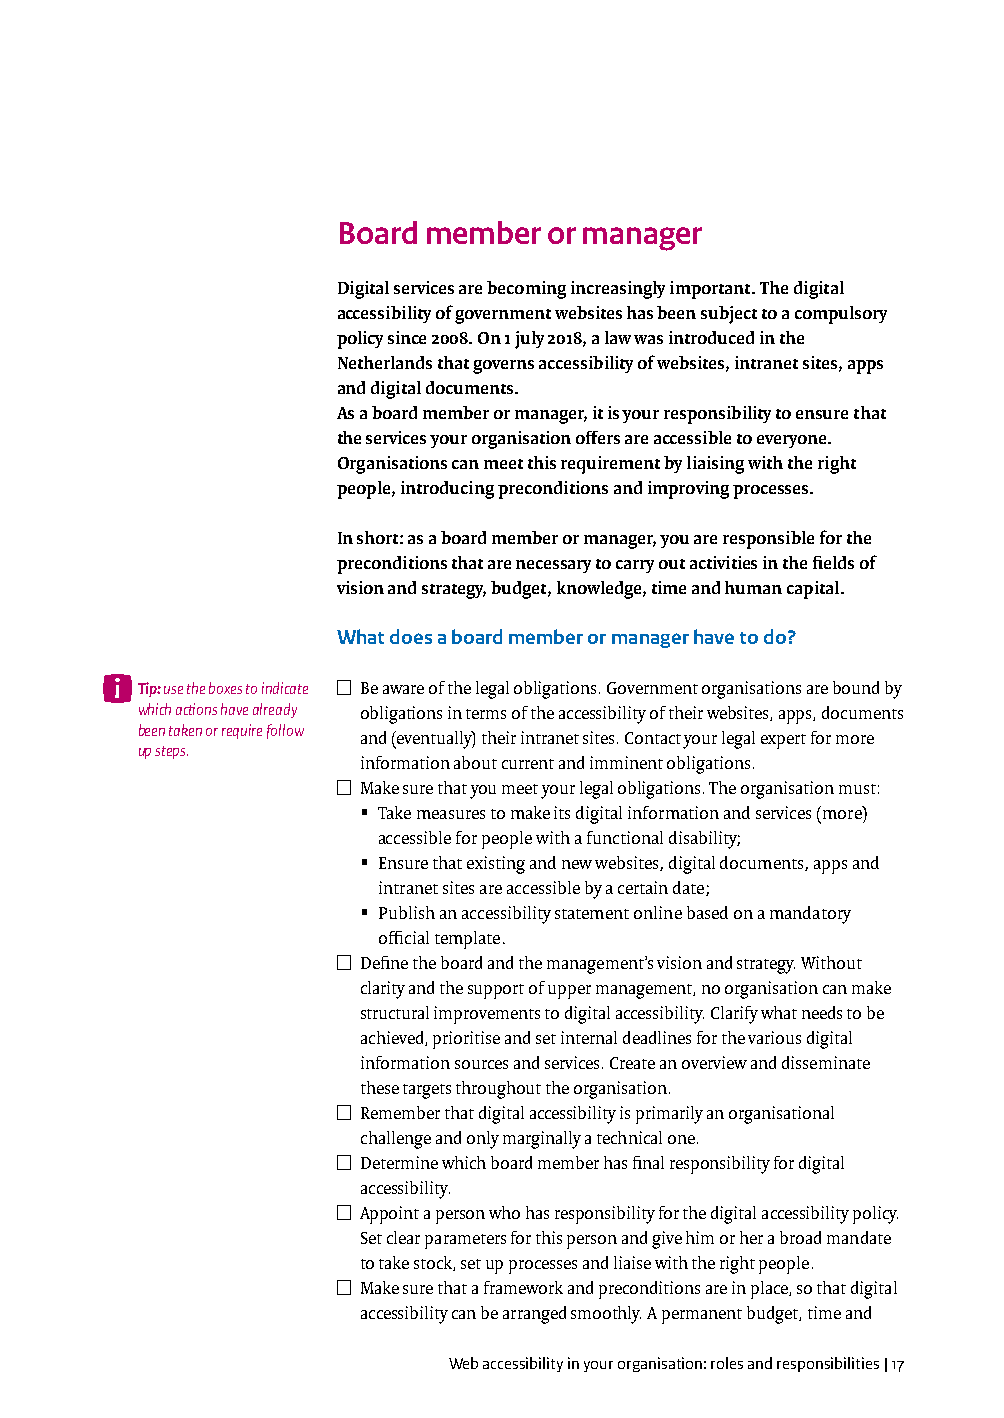
Board member  or manager
 Digital services are becoming increasingly important. The digital
 accessibility of government websites has been subject to a compulsory
 policy since 2008. On 1 july 2018, a law was introduced in the
 Netherlands that governs accessibility of websites, intranet sites, apps
 and digital documents.
 As a board member or manager, it is your responsibility to ensure that
 the services your organisation offers are accessible to everyone.
 Organisations can meet this requirement by liaising with the right
 people, introducing preconditions and improving processes.
 In short: as a board member or manager, you are responsible for the
 preconditions that are necessary to carry out activities in the fields of
 vision and strategy, budget, knowledge, time and human capital.
 What does a board member or manager have to do?
 Tip: use the boxes to indicate ☐ Be aware of the legal obligations. Government organisations are bound by
 which actions have already obligations in terms of the accessibility of their websites, apps, documents
 been taken or require follow
 and (eventually) their intranet sites. Contact your legal expert for more
 up steps.
 information about current and imminent obligations.
 ☐ Make sure that you meet your legal obligations. The organisation must:
 ▪ Take measures to make its digital information and services (more)
 accessible for people with a functional disability;
 ▪ Ensure that existing and new websites, digital documents, apps and
 intranet sites are accessible by a certain date;
 ▪ Publish an accessibility statement online based on a mandatory
 official template.
 ☐ Define the board and the management’s vision and strategy. Without
 clarity and the support of upper management, no organisation can make
 structural improvements to digital accessibility. Clarify what needs to be
 achieved, prioritise and set internal deadlines for the various digital
 information sources and services. Create an overview and disseminate
 these targets throughout the organisation.
 ☐ Remember that digital accessibility is primarily an organisational
 challenge and only marginally a technical one.
 ☐ Determine which board member has final responsibility for digital
 accessibility.
 ☐ Appoint a person who has responsibility for the digital accessibility policy.
 Set clear parameters for this person and give him or her a broad mandate
 to take stock, set up processes and liaise with the right people.
 ☐ Make sure that a framework and preconditions are in place, so that digital
 accessibility can be arranged smoothly. A permanent budget, time and
 Web accessibility in your organisation: roles and responsibilities | 17